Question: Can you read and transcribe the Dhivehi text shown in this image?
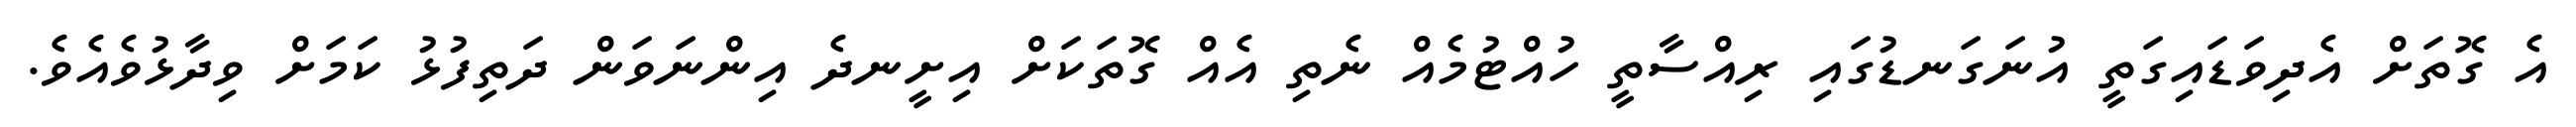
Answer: އެ ގޮތަށް އެދިވަޑައިގަތީ އުނަގަނޑުގައި ރިއްސާތީ ހުއްޓުމެއް ނެތި އެއް ގޮތަކަށް އިށީނދެ އިންނަވަން ދަތިފުޅު ކަމަށް ވިދާޅުވެއެވެ.